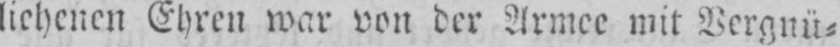
liehenen Ehren war von der Armee mit Vergnü⸗